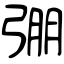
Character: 弸